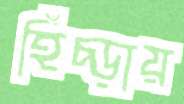
হিঁচ্‌ড়ায়